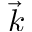
\vec { k }